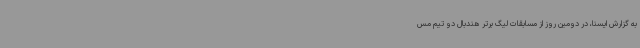
به گزارش ایسنا، در دومین روز از مسابقات لیگ برتر هندبال دو تیم مس